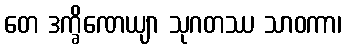
တေ ဒက္ခိဏေယျာ သုဂတဿ သာဝကာ၊